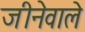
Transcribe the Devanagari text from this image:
जीनेवाले